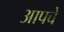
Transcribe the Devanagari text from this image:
आपचे